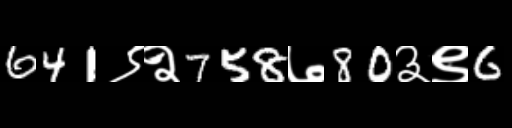
Text: 641९२758७80३९6